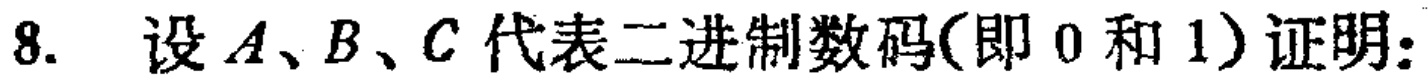
8. 设\(A、B、C\)代表二进制数码(即 \(0\) 和 \(1\))证明: